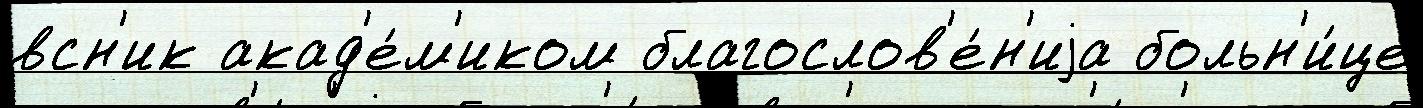
всн'ик акад'е́м'иком благослов'е́н'иjа больн'и́це